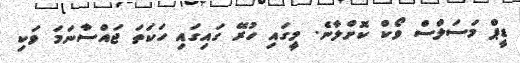
ޑީޕް މަސަލްސް ވޯކް ކޮށްލާނެ. މީގައި ހުރޭ ގައިގައި ހަކަތަ ޖައްސާނަމަ ވަކި